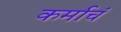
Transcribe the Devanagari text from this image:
कर्माचं